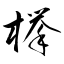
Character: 﨔